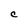
Character: C